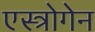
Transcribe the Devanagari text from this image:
एस्त्रोगेन